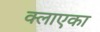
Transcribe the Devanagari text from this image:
क्लाएका